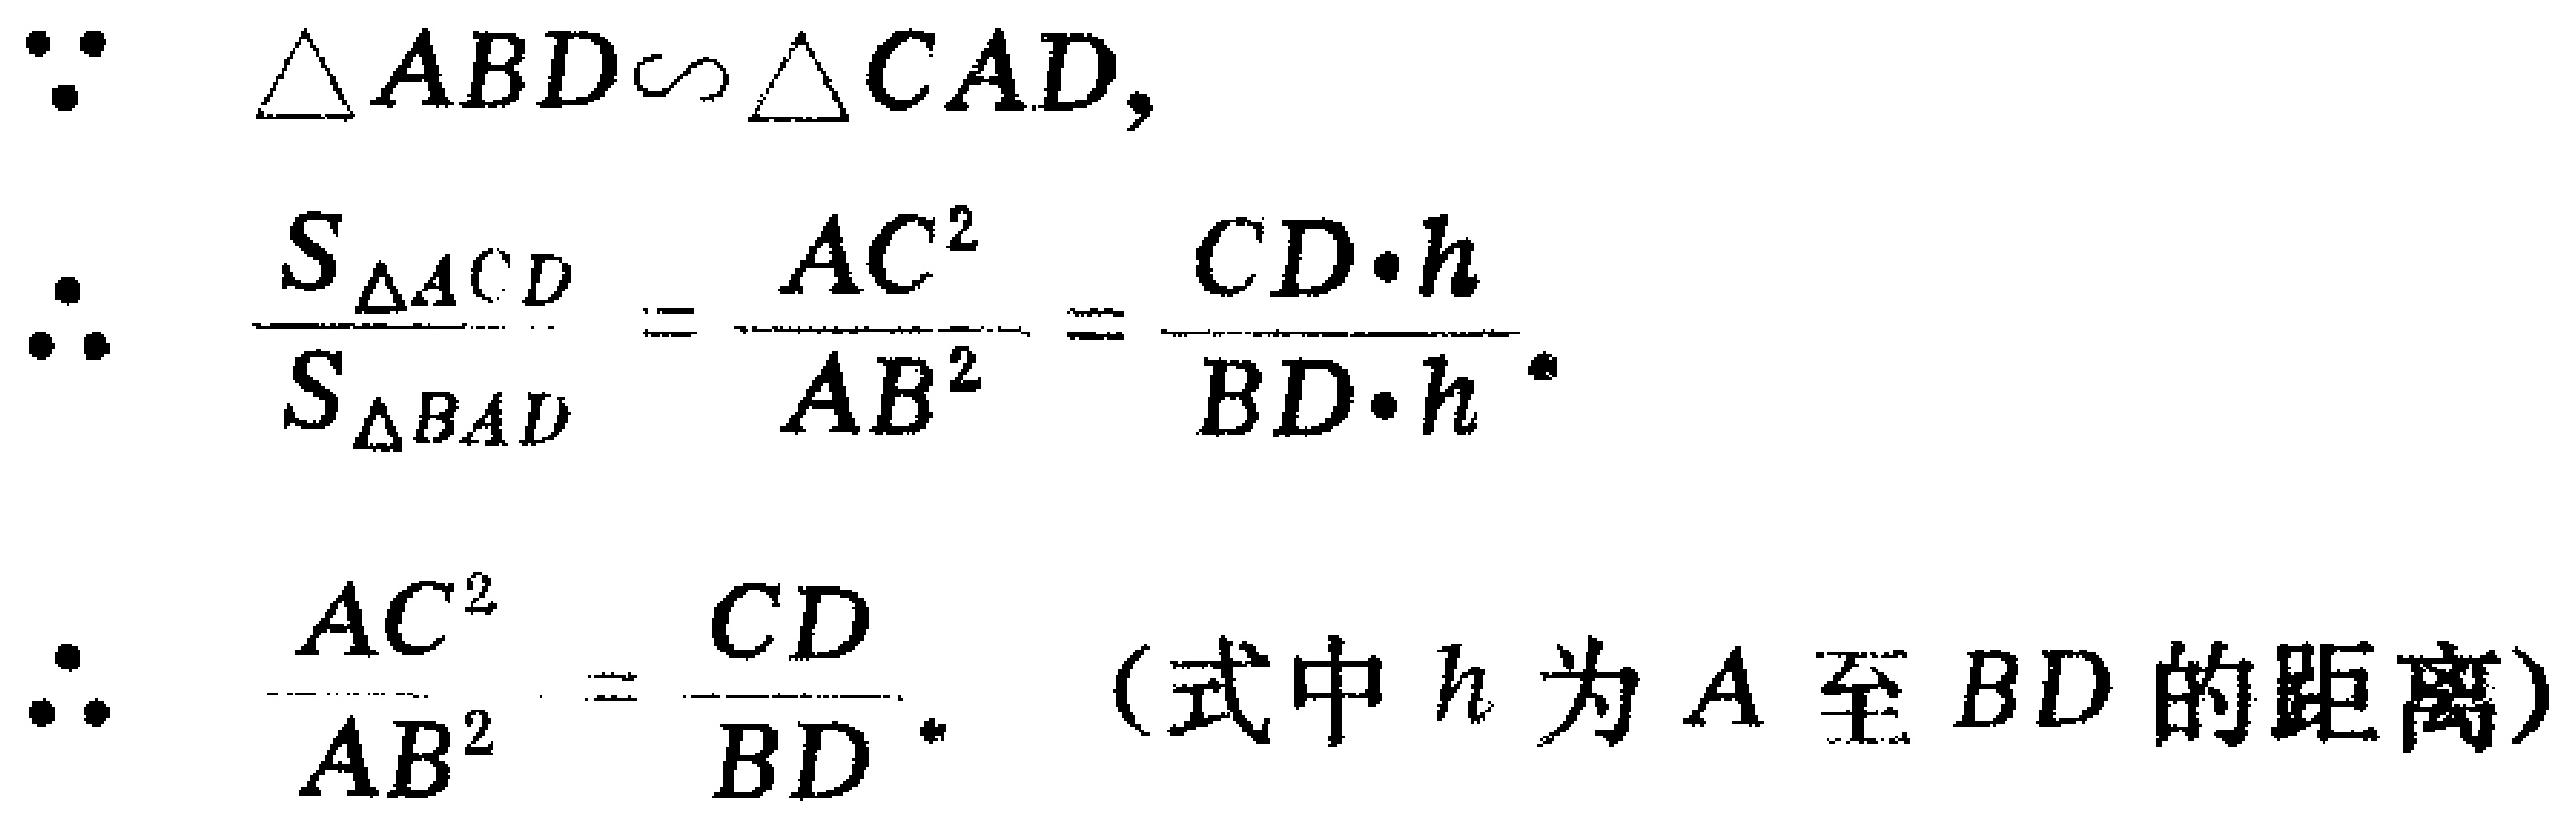
\begin{align*}
&\because \triangle ABD\sim\triangle CAD,\\
&\therefore \frac{S_{\triangle ACD}}{S_{\triangle BAD}}=\frac{AC^{2}}{AB^{2}}=\frac{CD\cdot h}{BD\cdot h}.\\
&\therefore \frac{AC^{2}}{AB^{2}}=\frac{CD}{BD}.\quad (\text{式中 } h \text{ 为 } A \text{ 至 } BD \text{ 的距离})
\end{align*}